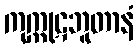
ကုက္ကုဋဘူတာနံ